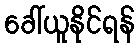
ခေါ်ယူနိုင်ရန်